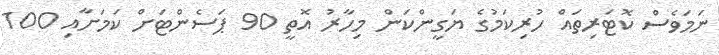
ނަމަވެސް ކޮޓަރިތައް ހުރިކަމުގެ ޔަގީންކަން މިހާރު އޮތީ 90 ޕަސެންޓަށް ކަމަށާއި 100